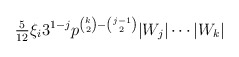
\begin{align*} \tfrac{5}{12}\xi_i3^{1-j} p^{\binom{k}{2}-\binom{j-1}{2}}|W_j|\cdots|W_k| \end{align*}